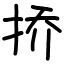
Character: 挢